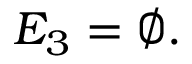
E _ { 3 } = \varnothing .